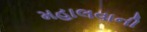
મહાલવાની